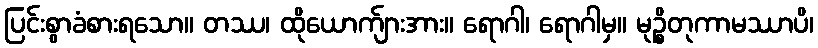
ပြင်းစွာခံစားရသော။ တဿ၊ ထိုယောက်ျားအား။ ရောဂါ၊ ရောဂါမှ။ မုဉ္စိတုကာမဿာပိ၊